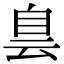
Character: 𦤆